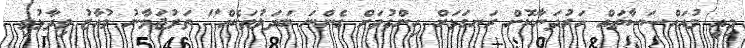
މިއީ މުއައްސަސާތައް ހަރުދަނާކޮށް ރަނގަޅަށް ހިންގުމަށް ގެންނަ ބަދަލުތަކެއް" ތަރުޖަމާނު މުއާޒު ވިދާޅުވި